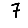
Digit: 7